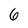
Character: 6